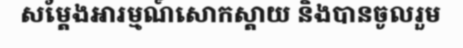
សម្តែងអារម្មណ៍សោកស្តាយ និងបានចូលរួម